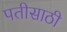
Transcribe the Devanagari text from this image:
पतीसाठी